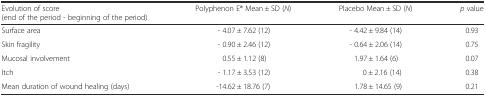
| Evolution of score (end of the period - beginning of the period) | Polyphenon E® Mean ± SD (N) | Placebo Mean ± SD (N) | p value |
 | --- | --- | --- | --- |
 | Surface area | - 4.07 ± 7.62 (12) | - 4.42 ± 9.84 (14) | 0.93 |
 | Skin fragility | - 0.90 ± 2.46 (12) | - 0.64 ± 2.06 (14) | 0.75 |
 | Mucosal involvement | 0.55 ± 1.12 (8) | 1.97 ± 1.64 (6) | 0.07 |
 | Itch | - 1.17 ± 3.53 (12) | 0 ± 2.16 (14) | 0.38 |
 | Mean duration of wound healing (days) | -14.62 ± 18.76 (7) | 1.78 ± 14.65 (9) | 0.21 |